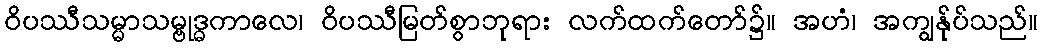
ဝိပဿီသမ္မာသမ္ဗုဒ္ဓကာလေ၊ ဝိပဿီမြတ်စွာဘုရား လက်ထက်တော်၌။ အဟံ၊ အကျွန်ုပ်သည်။